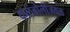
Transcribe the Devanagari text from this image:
कळंबोलीजवळ